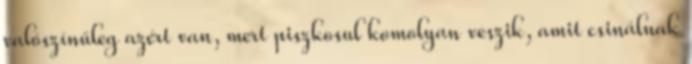
valószínűleg azért van, mert piszkosul komolyan veszik, amit csinálnak